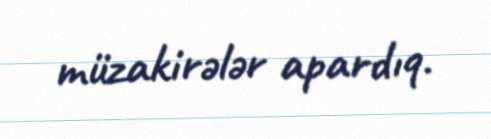
müzakirələr apardıq.